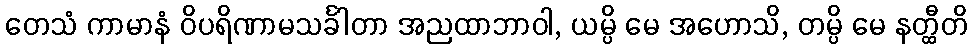
တေသံ ကာမာနံ ဝိပရိဏာမသင်္ခါတာ အညထာဘာဝါ, ယမ္ပိ မေ အဟောသိ, တမ္ပိ မေ နတ္ထီတိ